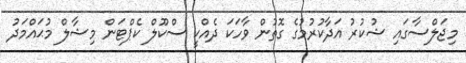
މިޖަލްސާގައި ޝުކުރު އަދާކުރުމުގެ ގޮތުން ވާހަކަ ދެއްކީ ސްކޫލް ކެޕްޓަން މިޝާލް މުޙައްމަދު